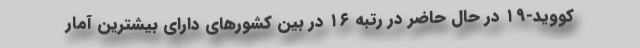
کووید-۱۹ در حال حاضر در رتبه ۱۶ در بین کشورهای دارای بیشترین آمار